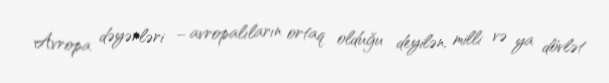
Avropa dəyərləri – avropalıların ortaq olduğu deyilən, milli və ya dövlət